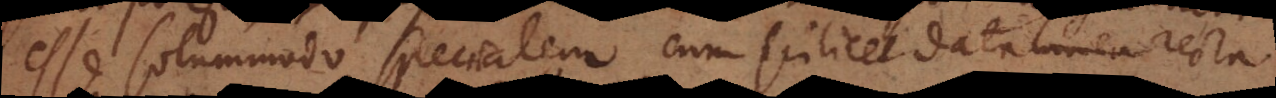
esse solummodo specialem cum scilicet data linea recta